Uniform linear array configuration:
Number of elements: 48
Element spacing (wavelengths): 1
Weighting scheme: hann
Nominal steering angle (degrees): -30
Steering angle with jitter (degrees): -30.323
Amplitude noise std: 0.05
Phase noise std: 0.05

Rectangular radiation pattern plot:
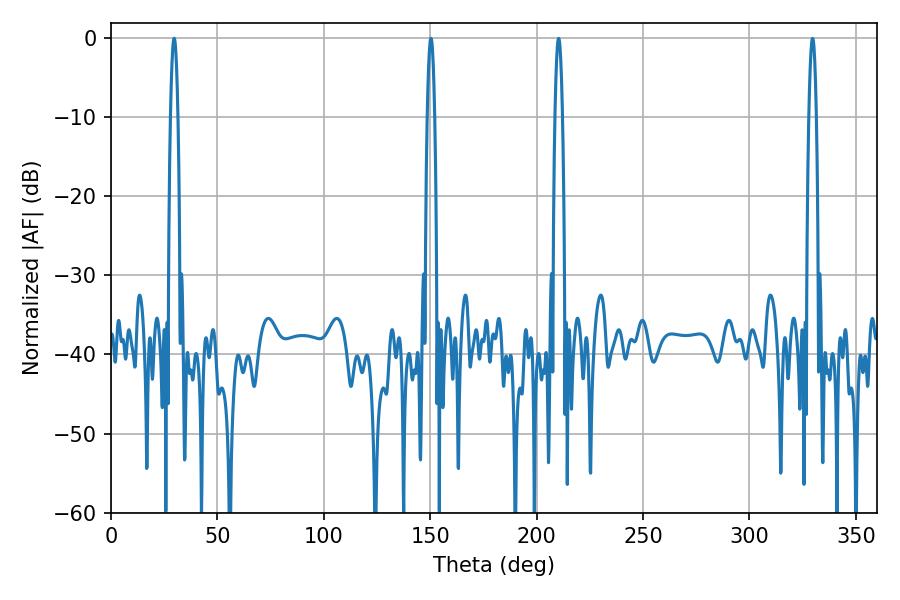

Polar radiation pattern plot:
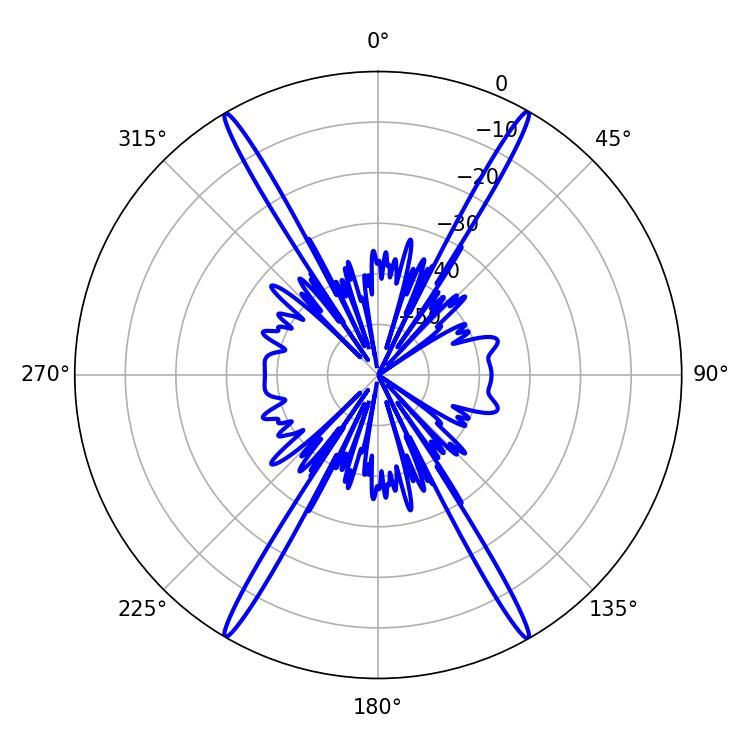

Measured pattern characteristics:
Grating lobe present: TRUE
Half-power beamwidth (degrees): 1.8
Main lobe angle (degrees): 150.3